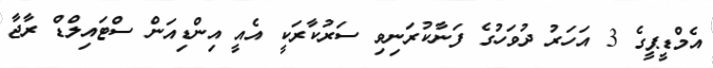
އެމްޑީޕީގެ 3 އަހަރު ދުވަހުގެ ފަނާކުރަނިވި ސަރުކާރަކީ އެއީ އިންޑިއަން ސްޓައިލްޑް ރާޖާ